Civil Veterinary Dept. Assam report 1927-50 - 1927-1950
Year: 1927
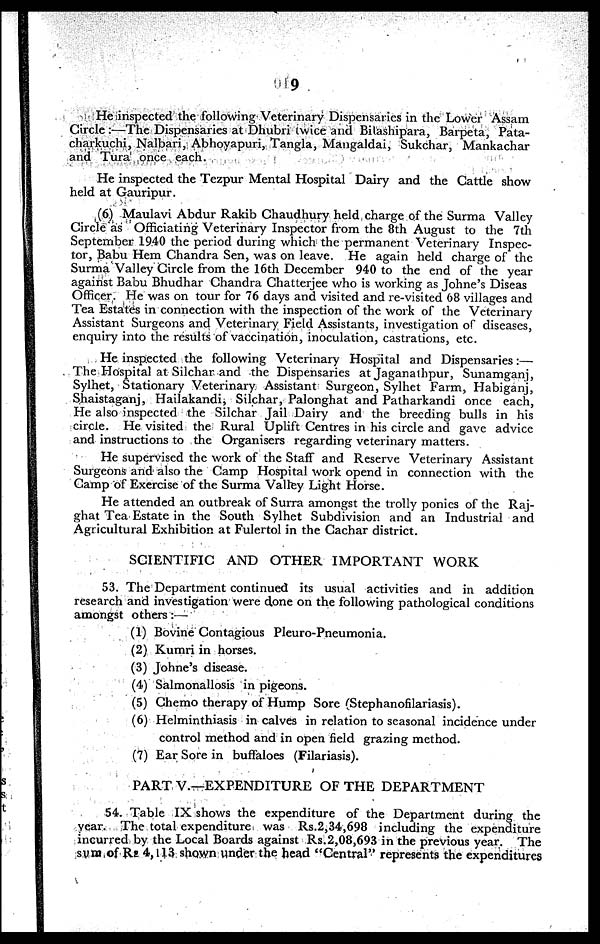
9
He inspected the following Veterinary Dispensaries in the Lower Assam
Circle :—The Dispensaries at Dhubri twice and Bilashipara, Barpeta, Pata-
charkuchi, Nalbari, Abhoyapuri, Tangla, Mangaldai, Sukchar, Mankachar
and Tura once each.
He inspected the Tezpur Mental Hospital Dairy and the Cattle show
held at Gauripur.
(6) Maulavi Abdur Rakib Chaudhury held charge of the Surma Valley
Circle as Officiating Veterinary Inspector from the 8th August to the 7th
September 1940 the period during which the permanent Veterinary Inspec-
tor, Babu Hem Chandra Sen, was on leave. He again held charge of the
Surma Valley Circle from the 16th December 940 to the end of the year
against Babu Bhudhar Chandra Chatterjee who is working as Johne's Diseas
Officer. He was on tour for 76 days and visited and re-visited 68 villages and
Tea Estates in connection with the inspection of the work of the Veterinary
Assistant Surgeons and Veterinary Field Assistants, investigation of diseases,
enquiry into the results of vaccination, inoculation, castrations, etc.
He inspected the following Veterinary Hospital and Dispensaries:—
The Hospital at Silchar and the Dispensaries at Jaganathpur, Sunamganj,
Sylhet, Stationary Veterinary Assistant Surgeon, Sylhet Farm, Habiganj,
Shaistaganj, Hailakandi, Silchar, Palonghat and Patharkandi once each,
He also inspected the Silchar Jail Dairy and the breeding bulls in his
circle. He visited the Rural Uplift Centres in his circle and gave advice
and instructions to the Organisers regarding veterinary matters.
He supervised the work of the Staff and Reserve Veterinary Assistant
Surgeons and also the Camp Hospital work opend in connection with the
Camp of Exercise of the Surma Valley Light Horse.
He attended an outbreak of Surra amongst the trolly ponies of the Raj-
ghat Tea Estate in the South Sylhet Subdivision and an Industrial and
Agricultural Exhibition at Fulertol in the Cachar district.
SCIENTIFIC AND OTHER IMPORTANT WORK
53. The Department continued its usual activities and in addition
research and investigation were done on the following pathological conditions
amongst others:—
(1) Bovine Contagious Pleuro-Pneumonia.
(2) Kumri in horses.
(3) Johne's disease.
(4) Salmonallosis in pigeons.
(5) Chemo therapy of Hump Sore (Stephanofilariasis).
(6) Helminthiasis in calves in relation to seasonal incidence under
control method and in open field grazing method.
(7) Ear Sore in buffaloes (Filariasis).
PART V.—EXPENDITURE OF THE DEPARTMENT
54. Table IX shows the expenditure of the Department during the
year. The total expenditure was Rs.2,34,698 including the expenditure
incurred by the Local Boards against Rs. 2,08,693 in the previous year. The
sum of Rs 4,113 shown under the head "Central" represents the expenditures